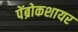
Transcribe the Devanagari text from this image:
पेंब्रोकशायर